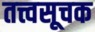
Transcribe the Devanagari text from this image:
तत्त्वसूचक